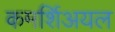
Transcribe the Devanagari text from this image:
कमर्शिअयल